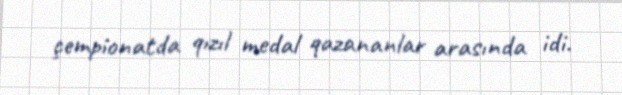
çempionatda qızıl medal qazananlar arasında idi.